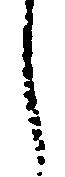
し